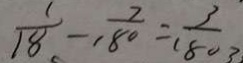
\frac { 1 } { 1 8 } - \frac { 7 } { 1 8 0 } = \frac { 3 } { 1 8 0 }